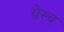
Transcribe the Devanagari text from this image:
ग्रेस्च